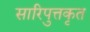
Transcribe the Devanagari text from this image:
सारिपुत्तकृत